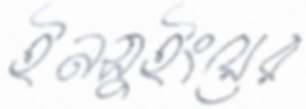
ইনসুইংয়ের